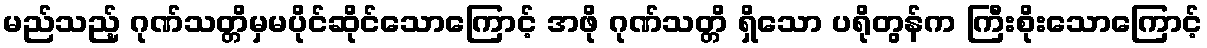
မည်သည့် ဂုဏ်သတ္တိမှမပိုင်ဆိုင်သောကြောင့် အဖို ဂုဏ်သတ္တိ ရှိသော ပရိုတွန်က ကြီးစိုးသောကြောင့်